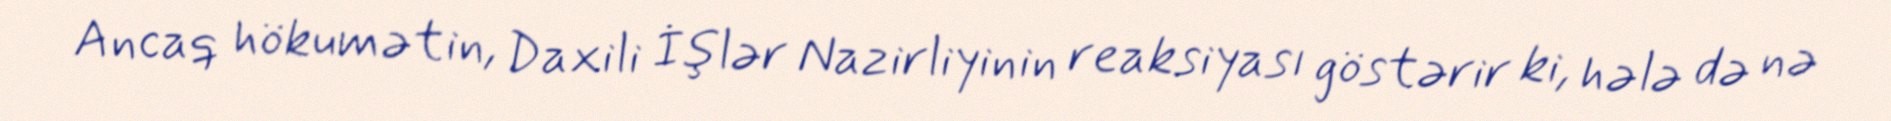
Ancaq hökumətin, Daxili İşlər Nazirliyinin reaksiyası göstərir ki, hələ də nə